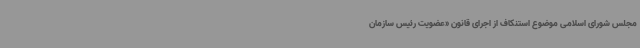
مجلس شورای اسلامی موضوع استنکاف از اجرای قانون «عضویت رئیس سازمان